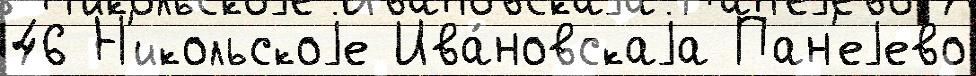
46 Н'икольскоjе Ива́новскаjа Пан'еjево